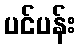
ပင်ပန်း